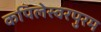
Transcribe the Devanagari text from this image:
कपिलेस्वरपुरम